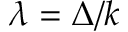
\lambda = \Delta / k